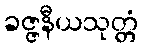
ခဇ္ဇနီယသုတ္တံ